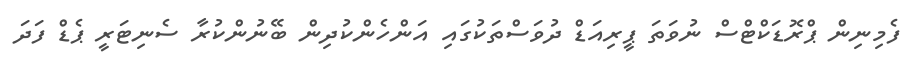
ފެމިނިން ޕްރޮޑަކްޓްސް ނުވަތަ ޕީރިއަޑް ދުވަސްތަކުގައި އަންހެންކުދިން ބޭނުންކުރާ ސެނިޓަރީ ޕެޑް ފަދަ